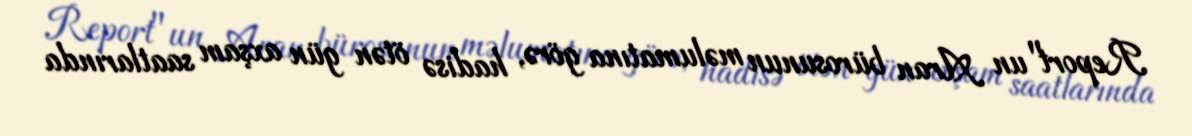
Report"un Aran bürosunun məlumatına görə, hadisə ötən gün axşam saatlarında